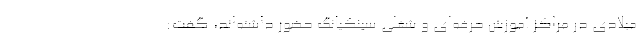
میلادی در مراکز آموزش حرفه‌ای و شغلی سینکیانگ حضور داشته‌اند، گفت: